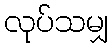
လုပ်သမျှ